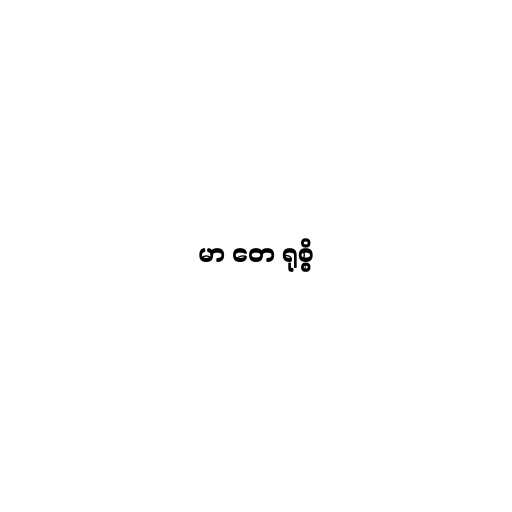
မာ တေ ရုစ္စိ